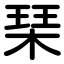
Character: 琹